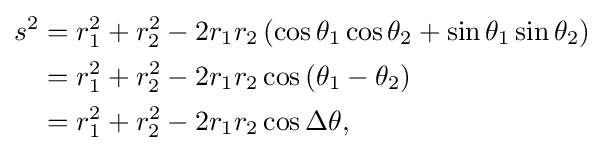
{\begin{aligned}s^{2}&=r_{1}^{2}+r_{2}^{2}-2r_{1}r_{2}\left(\cos \theta _{1}\cos \theta _{2}+\sin \theta _{1}\sin \theta _{2}\right)\\&=r_{1}^{2}+r_{2}^{2}-2r_{1}r_{2}\cos \left(\theta _{1}-\theta _{2}\right)\\&=r_{1}^{2}+r_{2}^{2}-2r_{1}r_{2}\cos \Delta \theta ,\end{aligned}}